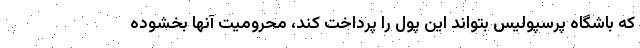
که باشگاه پرسپولیس بتواند این پول را پرداخت کند، محرومیت آنها بخشوده